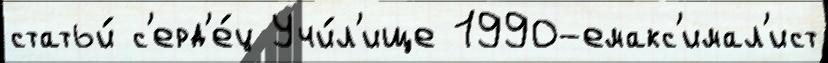
статьи́ с'ерд'е́ц Учи́л'ище 1990-емакс'имал'ист